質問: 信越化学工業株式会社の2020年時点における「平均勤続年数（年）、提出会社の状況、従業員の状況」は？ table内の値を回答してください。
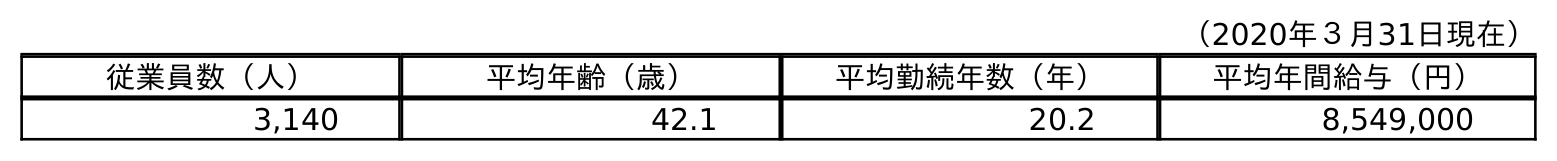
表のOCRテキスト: （2020年３月31日現在） 従業員数（人） 平均年齢（歳） 平均勤続年数（年） 平均年間給与（円） 3,140 42.1 20.2 8,549,000
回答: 20.2